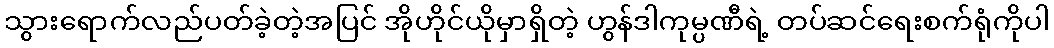
သွားရောက်လည်ပတ်ခဲ့တဲ့အပြင် အိုဟိုင်ယိုမှာရှိတဲ့ ဟွန်ဒါကုမ္ပဏီရဲ့ တပ်ဆင်ရေးစက်ရုံကိုပါ